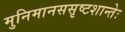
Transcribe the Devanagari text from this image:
मुनिमानससृष्टशान्तेः